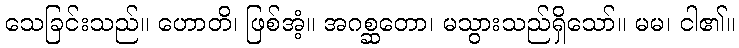
သေခြင်းသည်။ ဟောတိ၊ ဖြစ်အံ့။ အဂစ္ဆတော၊ မသွားသည်ရှိသော်။ မမ၊ ငါ၏။